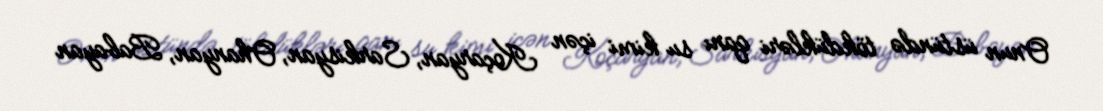
Onun üstündə tökdükləri qanı su kimi içən Koçaryan, Sarkisyan, Ohanyan, Babayan